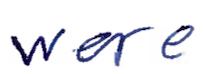
Text: were
Cross-out: clean
Writing tool: ballpoint